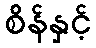
စိန်နှင့်